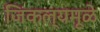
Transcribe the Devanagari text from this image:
जिंकल्यमूळे